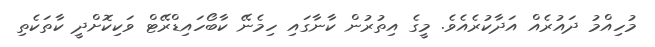
މުހިއްމު ދައުރެއް އަދާކުރެއެވެ. މީގެ އިތުރުން ކާނާގައި ހިމެނޭ ކާބޯހައިޑްރޭޓް ވަކިކޮށްދީ ކާތަކެތި